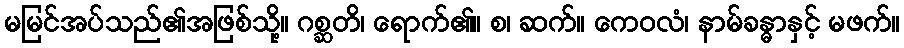
မမြင်အပ်သည်၏အဖြစ်သို့။ ဂစ္ဆတိ၊ ရောက်၏။ စ၊ ဆက်။ ကေဝလံ၊ နာမ်ခန္ဓာနှင့် မဖက်။